Lunatic asylums Burma 1922-24 - 1922-1924
Year: 1922
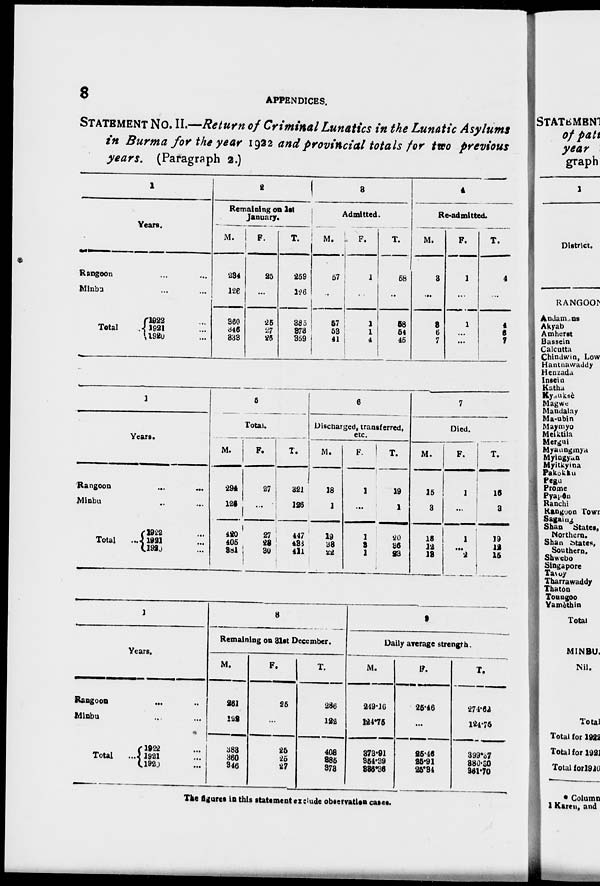
8
APPENDICES.
STATEMENT No. II.—Return of Criminal Lunatics in the Lunatic Asylums
in Burma for the year 1922 and provincial totals for two previous
years. (Paragraph 2.)
1
Years.
Rangoon ... ...
Minbu ... ...
Total
1922 ...
1921 ...
1920 ...
2
Remaining on 1st
January.
M.
234
126
360
346
333
F.
25
...
25
27
26
T.
259
126
385
373
359
3
Admitted.
M.
57
...
57
53
41
F.
1
...
1
1
4
T.
56
...
58
54
45
4
Re-admitted.
M.
3
...
3
6
7
F.
1
...
1
...
...
T.
4
...
4
6
7
1
Years.
Rangoon
...
...
Minbu
...
...
Total ...
1922 ...
1921 ...
1920 ...
5
Total.
M.
294
126
420
405
381
F.
27
...
27
28
30
T.
321
126
447
433
411
6
Discharged, transferred,
etc.
M.
18
1
19
33
22
F.
1
...
1
3
1
T.
19
1
20
36
23
7
Died.
M.
15
3
18
12
13
F.
1
...
1
...
2
T.
16
3
19
12
15
1
Years.
Rangoon ... ...
Minbu ... ...
Total ...
1922 ...
1921 ...
1920 ...
8
Remaining on 31st December.
M.
261
122
383
360 346
F.
25
...
25
25
27
T.
286
122
408
385
373
9
Daily average strength.
M.
249.16
124.75
373.91
354.39
336.36
F.
25.46
...
25.46
25.91
25.94
T.
274.62
124.75
399.37
380.30
361.70
The figures in this statement exclude observation cases.